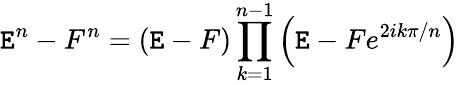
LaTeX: \mathtt{E}^{n}-F^{n}=(\mathtt{E}-F)\prod_{k=1}^{n-1}\left(\mathtt{E}-Fe^{2ik\pi/n}\right)